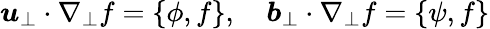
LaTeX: \boldsymbol{u}_{\perp}\cdot\nabla_{\perp}f=\left\{ \phi,f\right\} ,\quad\boldsymbol{b}_{\perp}\cdot\nabla_{\perp}f=\left\{ \psi,f\right\}